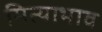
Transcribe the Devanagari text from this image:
मित्याभाव